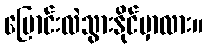
ပြောင်းလဲသွားနိုင်မှာလား။